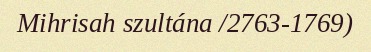
Mihrisah szultána /2763-1769)